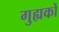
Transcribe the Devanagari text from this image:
गुह्यकों